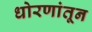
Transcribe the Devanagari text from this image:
धोरणांतून